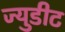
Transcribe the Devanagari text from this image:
ज्युडीट